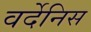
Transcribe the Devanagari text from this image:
वर्देनिस